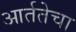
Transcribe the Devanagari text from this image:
आर्ततेचा